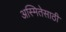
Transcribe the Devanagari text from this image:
अस्मितेसाठी